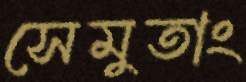
সেমুতাং